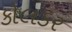
કોલકર